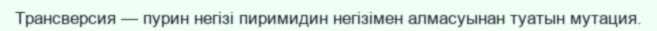
Трансверсия — пурин негізі пиримидин негізімен алмасуынан туатын мутация.